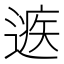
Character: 𨕾